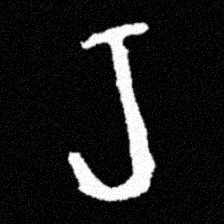
Pyu character \u2014 Myanmar letter: ရ (romanized: ra)